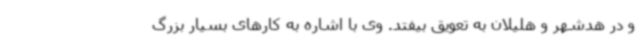
و در هدشهر و هلیلان به تعویق بیفتد. وی با اشاره به کارهای بسیار بزرگ